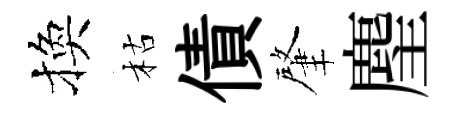
換枯債肇麈